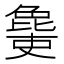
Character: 𣬔